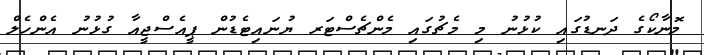
މޮނާކޯގެ ދަނޑުގައި ކުޅުނު މި މެޗުގައި މެންޗެސްޓަރ ޔުނައިޓެޑުން ޕީއެސްޖީއާ ގުޅުނު އެންހެލް